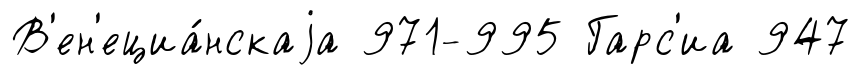
В'ен'ециа́нскаjа 971-995 Гарс'иа 947